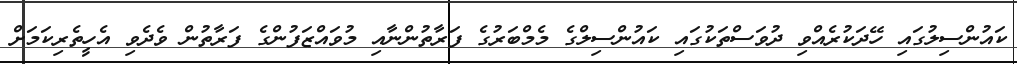
ކައުންސިލުގައި ހޭދަކުރެއްވި ދުވަސްތަކުގައި ކައުންސިލްގެ މެމްބަރުގެ ފަރާތުންނާއި މުވައްޒަފުންގެ ފަރާތުން ވެދެވި އެހީތެރިކަމަށް